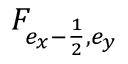
F _ { e _ { x } - \frac { 1 } { 2 } , e _ { y } }